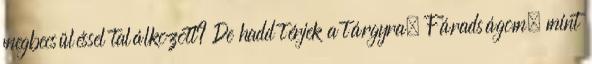
megbecsüléssel találkozott? De hadd térjek a tárgyra. Fáradságom, mint